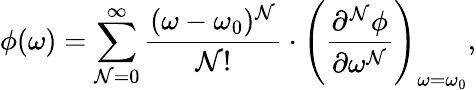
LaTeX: \phi(\omega)=\sum_{\mathcal{N}=0}^{\infty}\frac{{(\omega-\omega_{0})^{\mathcal{N}}}}{{\mathcal{N}!}}\cdot\left(\frac{{\partial^{\mathcal{N}}\phi}}{{\partial\omega^{\mathcal{N}}}}\right)_{\omega=\omega_{0}},